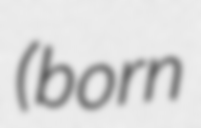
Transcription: (born